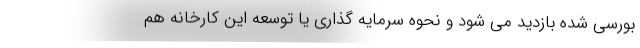
بورسی شده بازدید می شود و نحوه سرمایه گذاری یا توسعه این کارخانه هم